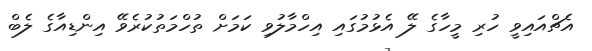
އެޗްއައިވީ ހުރި މީހާގެ ލޭ އެޅުމުގައި އިހްމާލުވި ކަމަށް ތުހްމަތުކުރެވޭ އިންޑިއާގެ ލެބް